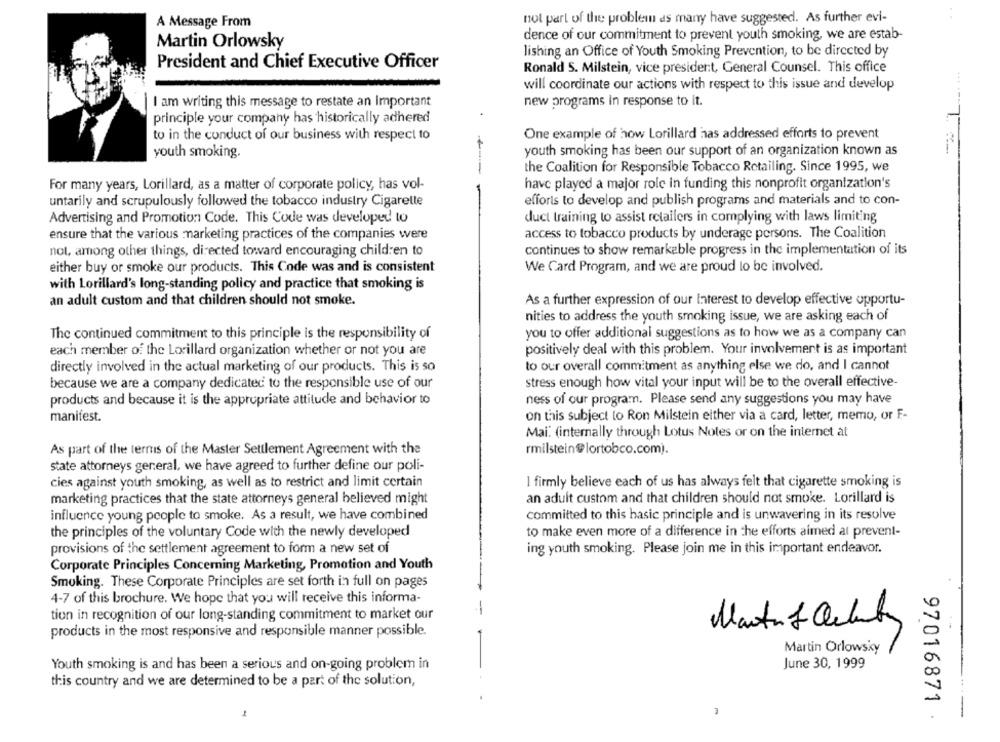
A Message From
not part of the problem as many have suggested. As further evi-
dence of our commitment to prevent youth smoking, we are estab-
Martin Orlowsky
lishing an Office of Youth Smoking Prevention, to be directed by
President and Chief Executive Officer
Ronald S. Milstein, vice president, General Counsel. This office
will coordinate our actions with respect to this issue and develop
I am writing this message to restate an Important
new programs in response to it.
principle your company has historically adhered
to in the conduct of our business with respect to
One example of how Lorillard has addressed efforts to prevent
youth smoking.
youth smoking has been our support of an organization known as
the Coalition for Responsible Tobacco Retailing. Since 1995, we
have played a major role in funding this nonprofit organization's
For many years, Lorillard, as a matter of corporate policy, has vol-
untarily and scrupulously followed the tobacco industry Cigarette
efforts to develop and publish programs and materials and to con-
Advertising and Promotion Code. This Code was developed to
duct training to assist retailers in complying with laws limiting
ensure that the various marketing practices of the companies were
access to tobacco products by underage persons. The Coalition
not, among other things, directed toward encouraging children to
continues to show remarkable progress in the implementation of its
either buy or smoke our products. This Code was and is consistent
We Card Program, and we are proud to be involved.
with Lorillard's long-standing policy and practice that smoking is
an adult custom and that children should not smoke.
As a further expression of our Interest to develop effective opportu-
nities to address the youth smoking issue, we are asking each of
you to offer additional suggestions as to how we as a company can
The continued commitment to this principle is the responsibility of
each member of the Lorillard organization whether or not you are
positively deal with this problem. Your involvement is as important
directly involved in the actual marketing of our products. This is so
to our overall commitment as anything else we do, and I cannot
because we are a company dedicated to the responsible use of our
stress enough how vital your input will be to the overall effective-
products and because it is the appropriate attitude and behavior to
ness of our program. Please send any suggestions you may have
manifest.
on this subject to Ron Milstein either via a card, letter, memo, or F-
Mai: (internally through Lotus Notes or on the internet at
As part of the terms of the Master Settlement Agreement with the
rmilstein@lortobco.com).
state attorneys general, we have agreed to further define our poli-
cies against youth smoking, as well as to restrict and limit certain
I firmly believe each of us has always felt that cigarette smoking is
marketing practices that the state attorneys general believed might
an adult custom and that children should not smoke. Lorillard is
influence young people to smoke. As a result, we have combined
committed to this hasic principle and is unwavering in its resolve
the principles of the voluntary Code with the newly developed
to make even more of a difference in the efforts aimed at prevent-
provisions of the settlement agreement to form a new set of
ing youth smoking. Please join me in this important endeavor.
Corporate Principles Concerning Marketing, Promotion and Youth
Smoking. These Corporate Principles are set forth in full on pages
4-7 of this brochure. We hope that you will receive this informa-
tion in recognition of our long-standing commitment to market our
products in the most responsive and responsible manner possible.
Martin Orlowsky
Youth smoking is and has been a serious and on-going problem in
June 30, 1999
this country and we are determined to be a part of the solution,
-. .
97016871 .
----